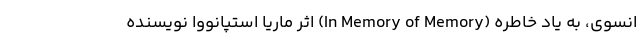
انسوی، به یادِ خاطره (In Memory of Memory) اثر ماریا استپانووا نویسنده